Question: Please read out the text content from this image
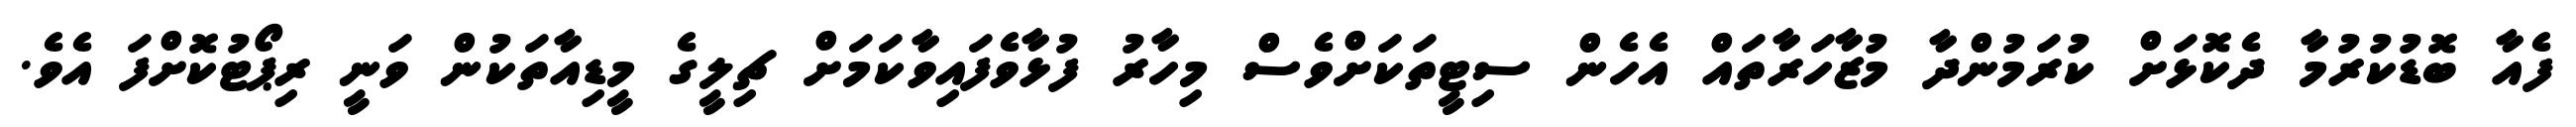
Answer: ފެއާ ބޮޑުކުރުމާ ދެކޮޅަށް ކުރަމުންދާ މުޒާހަރާތައް އެހެން ސިޓީތަކަށްވެސް މިހާރު ފުޅާވެފައިވާކަމަށް ޗިލީގެ މީޑިއާތަކުން ވަނީ ރިޕޯޓުކޮށްފަ އެވެ.